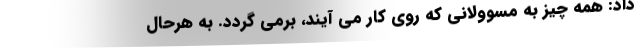
داد: همه چیز به مسوولانی که روی کار می آیند، برمی گردد. به هرحال